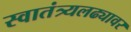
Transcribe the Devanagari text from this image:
स्वातंत्र्यलढ्यावर